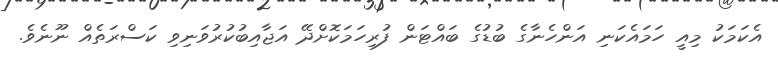
އެކަމަކު މިއީ ހަމައެކަނި އަންހެނާގެ ބުޑުގެ ބައްޓަން ފުރިހަމަކޮށްދޭ އަޖާއިބުކުރުވަނިވި ކަސްރަތެއް ނޫނެވެ.